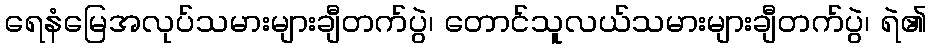
ရေနံမြေအလုပ်သမားများချီတက်ပွဲ၊ တောင်သူလယ်သမားများချီတက်ပွဲ၊ ရဲ၏